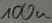
Text: 100u